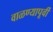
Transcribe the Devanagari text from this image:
वाळण्यापूर्वी